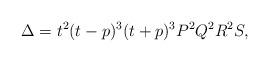
LaTeX: \begin{align*}\Delta = t^2(t-p)^3(t+p)^3 P^2 Q^2 R^2 S,\end{align*}